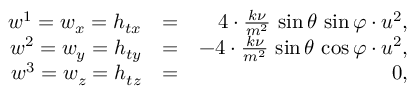
\begin{array} { r l r } { w ^ { 1 } = w _ { x } = h _ { t x } } & { = } & { 4 \cdot \frac { k \nu } { m ^ { 2 } } \, \sin \theta \, \sin \varphi \cdot u ^ { 2 } , } \\ { w ^ { 2 } = w _ { y } = h _ { t y } } & { = } & { - 4 \cdot \frac { k \nu } { m ^ { 2 } } \, \sin \theta \, \cos \varphi \cdot u ^ { 2 } , } \\ { w ^ { 3 } = w _ { z } = h _ { t z } } & { = } & { 0 , } \end{array}